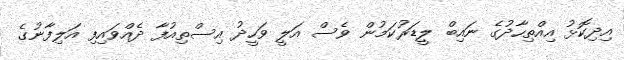
އިދިކޮޅު އިއްތިހާދުގެ ނައިބް ލީޑަރުކަމުން ވެސް އަލީ ވަހީދު އިސްތިއުފާ ދެއްވައިފި އަލިފާނުގެ